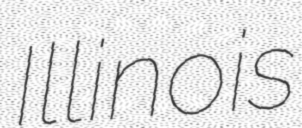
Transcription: Illinois